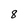
Character: 8